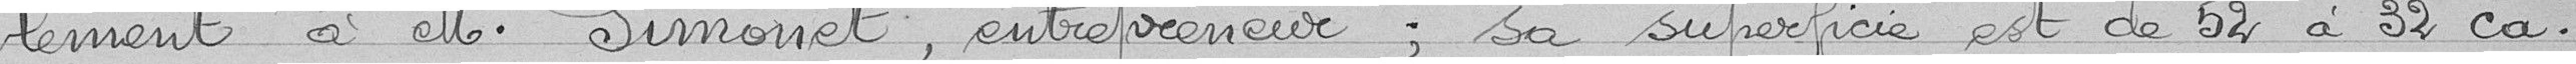
lement à M. Simonet, entrepreneur, sa superficie est de 52 à 32 ca.